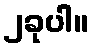
၂ခုပါ။